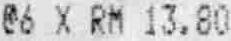
@6 X RM 13.80